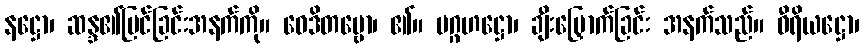
နဋ္ဌော၊ ဆန္ဒ၏မြင်ခြင်းအနက်ကို။ ဝေဒိတဗ္ဗော၊ ၏။ ပဂ္ဂဟဋ္ဌော၊ ချီးမြှောက်ခြင်း အနက်သည်။ ဝီရိယဋ္ဌော၊